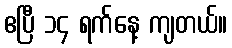
ဧပြီ ၁၄ ရက်နေ့ ကျတယ်။